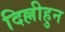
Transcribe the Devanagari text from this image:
दिल्लीहुन